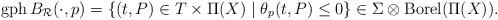
LaTeX: \begin{align*}\mathrm{gph}\,B_\mathcal{R}(\cdot,p)& =\left\{ (t,P)\in T\times \Pi(X) \mid \theta_p(t,P)\le 0\right\}\in \Sigma\otimes\mathrm{Borel}(\Pi(X)).\end{align*}